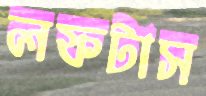
লফটাস